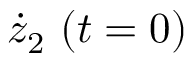
\dot { z } _ { 2 } ~ ( t = 0 )